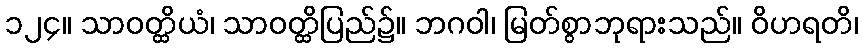
၁၂၄။ သာဝတ္ထိယံ၊ သာဝတ္ထိပြည်၌။ ဘဂဝါ၊ မြတ်စွာဘုရားသည်။ ဝိဟရတိ၊